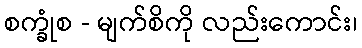
စက္ခုံစ - မျက်စိကို လည်းကောင်း၊